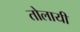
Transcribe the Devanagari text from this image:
तोलायी